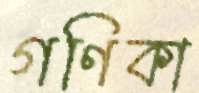
গণিকা